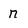
Character: n